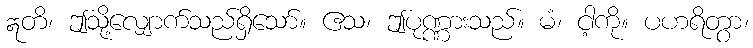
ဣတိ၊ ဤသို့လျှောက်သည်ရှိသော်။ ဧသ၊ ဤပုဏ္ဏားသည်။ မံ၊ ငါ့ကို။ ပဟရိတွာ၊